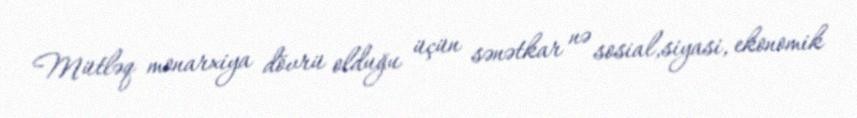
Mütləq monarxiya dövrü olduğu üçün sənətkar nə sosial,siyasi, ekonomik